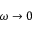
\omega \rightarrow 0